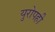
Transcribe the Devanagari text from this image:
युरोपही